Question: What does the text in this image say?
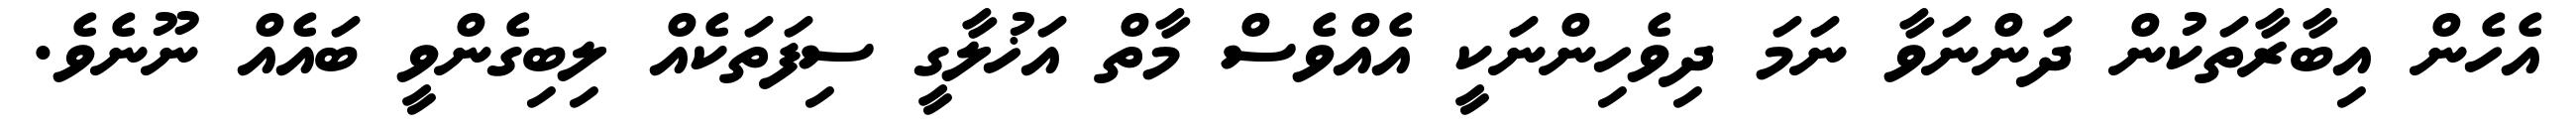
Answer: އެހެން އިބާރާތަކުން ދަންނަވާ ނަމަ ދިވެހިންނަކީ އެއްވެސް މާތް އަޚުލާގީ ސިފަތަކެއް ލިބިގެންވީ ބައެއް ނޫނެވެ.